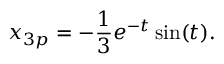
x _ { 3 p } = - { \frac { 1 } { 3 } } e ^ { - t } \sin ( t ) .